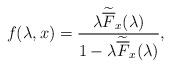
LaTeX: \begin{align*}f(\lambda, x) = \frac{\lambda\widetilde{\overline{F}}_x (\lambda)}{1-\lambda \widetilde {\overline{F}}_x(\lambda)},\end{align*}